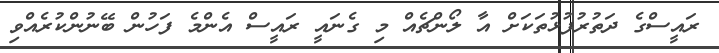
ރައީސްގެ ދަތުރުފުޅުތަކަށް އާ ލޯންޗެއް މި ގެނައީ ރައީސް އެންމެ ފަހުން ބޭނުންކުރެއްވި